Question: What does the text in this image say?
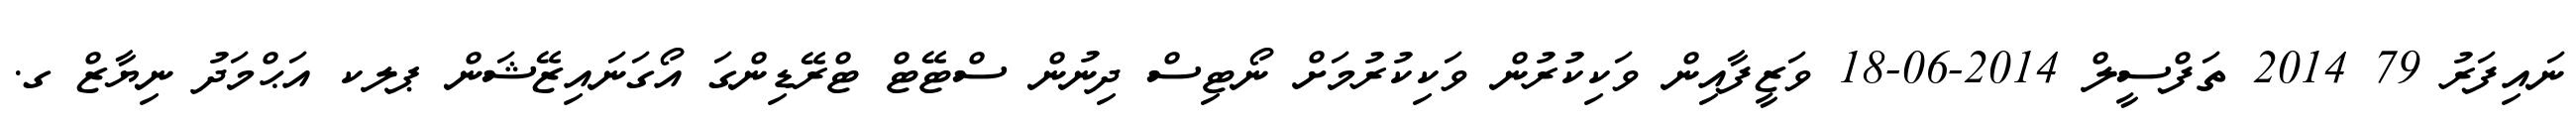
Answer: ނައިފަރު 79 2014 ތަފްސީލް 2014-06-18 ވަޒީފާއިން ވަކިކުރުން ވަކިކުރުމަށް ނޯޓިސް ދިނުން ސްޓޭޓް ޓްރޭޑިންގަ އޯގަނައިޒޭޝަން ޕލކ އަޙްމަދު ނިޔާޒް ގ.